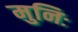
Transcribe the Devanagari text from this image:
मुनिः